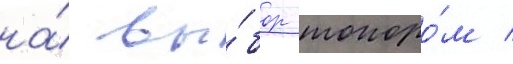
на́ вы́бор топоро́м /